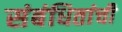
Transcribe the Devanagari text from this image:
संबंधितांची